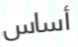
أساس